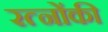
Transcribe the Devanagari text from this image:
रत्नोंकी